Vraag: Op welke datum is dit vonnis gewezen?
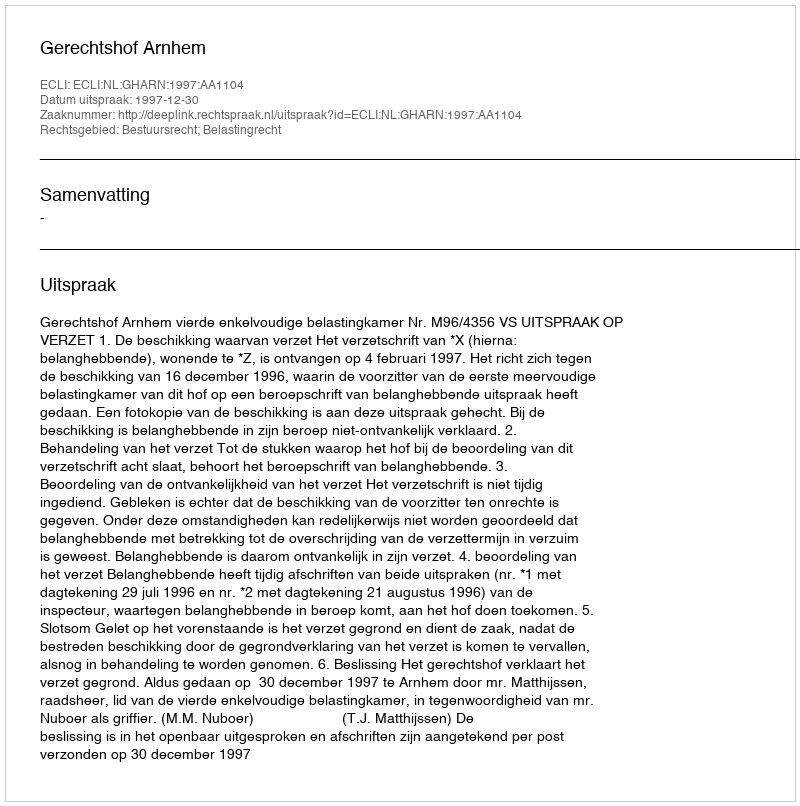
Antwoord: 1997-12-30